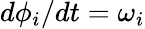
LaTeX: d\phi_{i}/dt=\omega_{i}